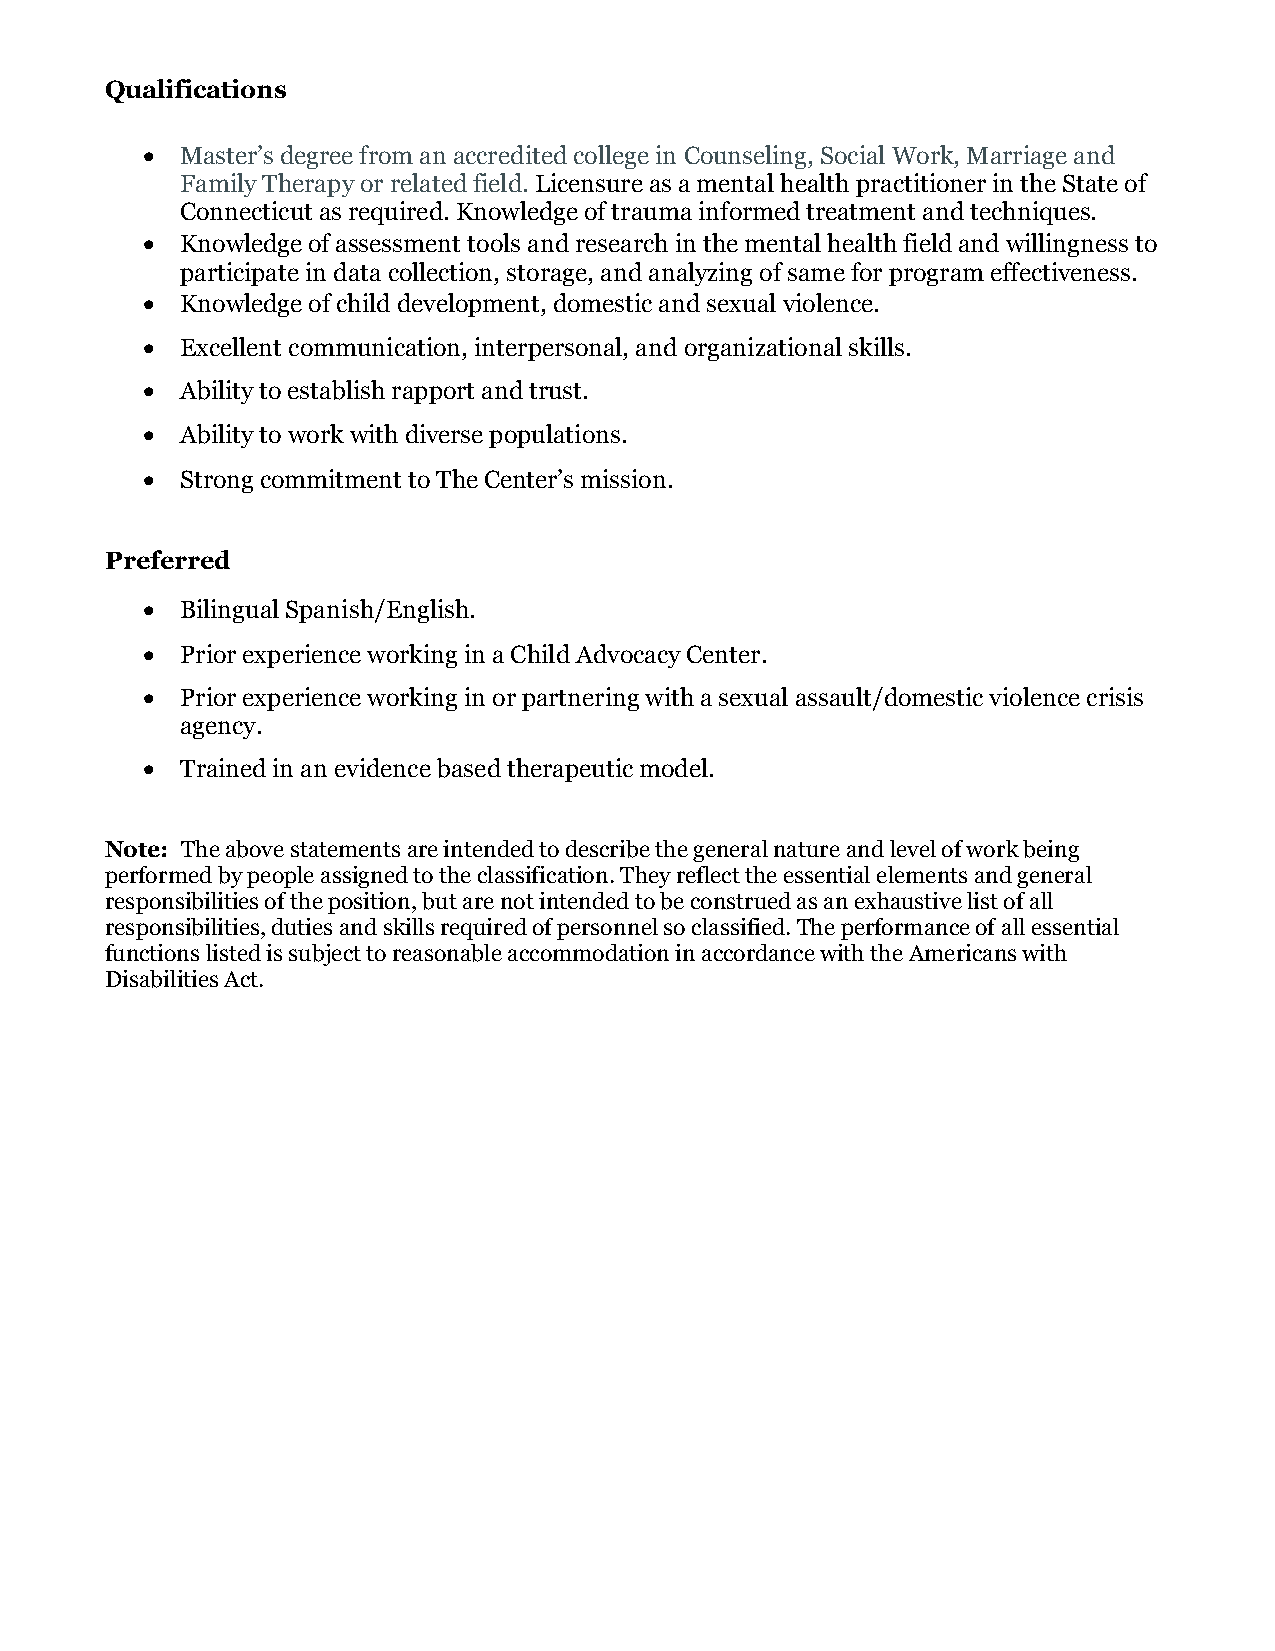
Qualifications
 •  Master’s degree from an accredited college in Counseling, Social Work, Marriage and
 Family Therapy or related field. Licensure as a mental health practitioner in the State of
 Connecticut as required. Knowledge of trauma informed treatment and techniques.
 •  Knowledge of assessment tools and research in the mental health field and willingness to
 participate in data collection, storage, and analyzing of same for program effectiveness.
 •  Knowledge of child development, domestic and sexual violence.
 •  Excellent communication, interpersonal, and organizational skills.
 •  Ability to establish rapport and trust.
 •  Ability to work with diverse populations.
 •  Strong commitment to The Center’s mission.
 Preferred
 •  Bilingual Spanish/English.
 •  Prior experience working in a Child Advocacy Center.
 •  Prior experience working in or partnering with a sexual assault/domestic violence crisis
 agency.
 •  Trained in an evidence based therapeutic model.
 Note: The above statements are intended to describe the general nature and level of work being
 performed by people assigned to the classification. They reflect the essential elements and general
 responsibilities of the position, but are not intended to be construed as an exhaustive list of all
 responsibilities, duties and skills required of personnel so classified. The performance of all essential
 functions listed is subject to reasonable accommodation in accordance with the Americans with
 Disabilities Act.